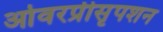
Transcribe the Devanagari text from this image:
ओवरप्रीसृपशन